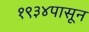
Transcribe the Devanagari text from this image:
१९३४पासून